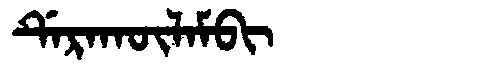
Manchu: ᡩᡝᡵᠠᡴᡡᠯᠠᠮᠪᡳ
Romanization: DERAKŪLAMBI